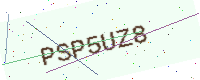
Text: PSP5UZ8